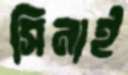
সিনাই